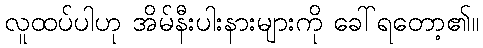
လူထပ်ပါဟု အိမ်နီးပါးနားများကို ခေါ်ရတော့၏။